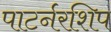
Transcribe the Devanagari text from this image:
पाटर्नरशिप